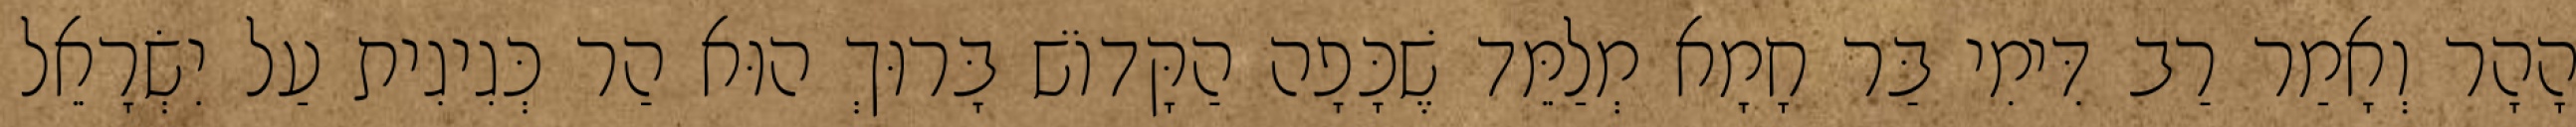
הָהָר וְאָמַר רַב דִּימִי בַּר חָמָא מְלַמֵּד שֶׁכָּפָה הַקָּדוֹשׁ בָּרוּךְ הוּא הַר כְּגִיגִית עַל יִשְׂרָאֵל